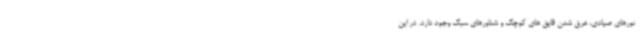
تورهای صیادی، غرق شدن قایق های کوچک و شناورهای سبک وجود دارد. در این